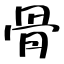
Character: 骨